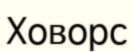
Ховорс